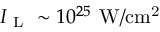
I _ { \mathrm { ~ L ~ } } \sim 1 0 ^ { 2 5 } \, \mathrm { \: W / c m ^ { 2 } }